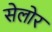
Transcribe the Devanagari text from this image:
सेलोर